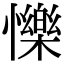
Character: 㦡